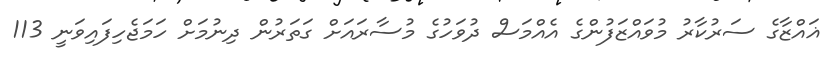
ޣައްޒާގެ ސަރުކާރު މުވައްޒަފުންގެ އެއްމަސް ދުވަހުގެ މުސާރައަށް ގަތަރުން ދިނުމަށް ހަމަޖެހިފައިވަނީ 113